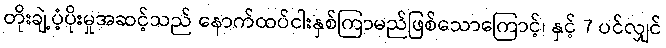
တိုးချဲ့ပံ့ပိုးမှုအဆင့်သည် နောက်ထပ်ငါးနှစ်ကြာမည်ဖြစ်သောကြောင့်၊ နှင့် 7 ပင်လျှင်